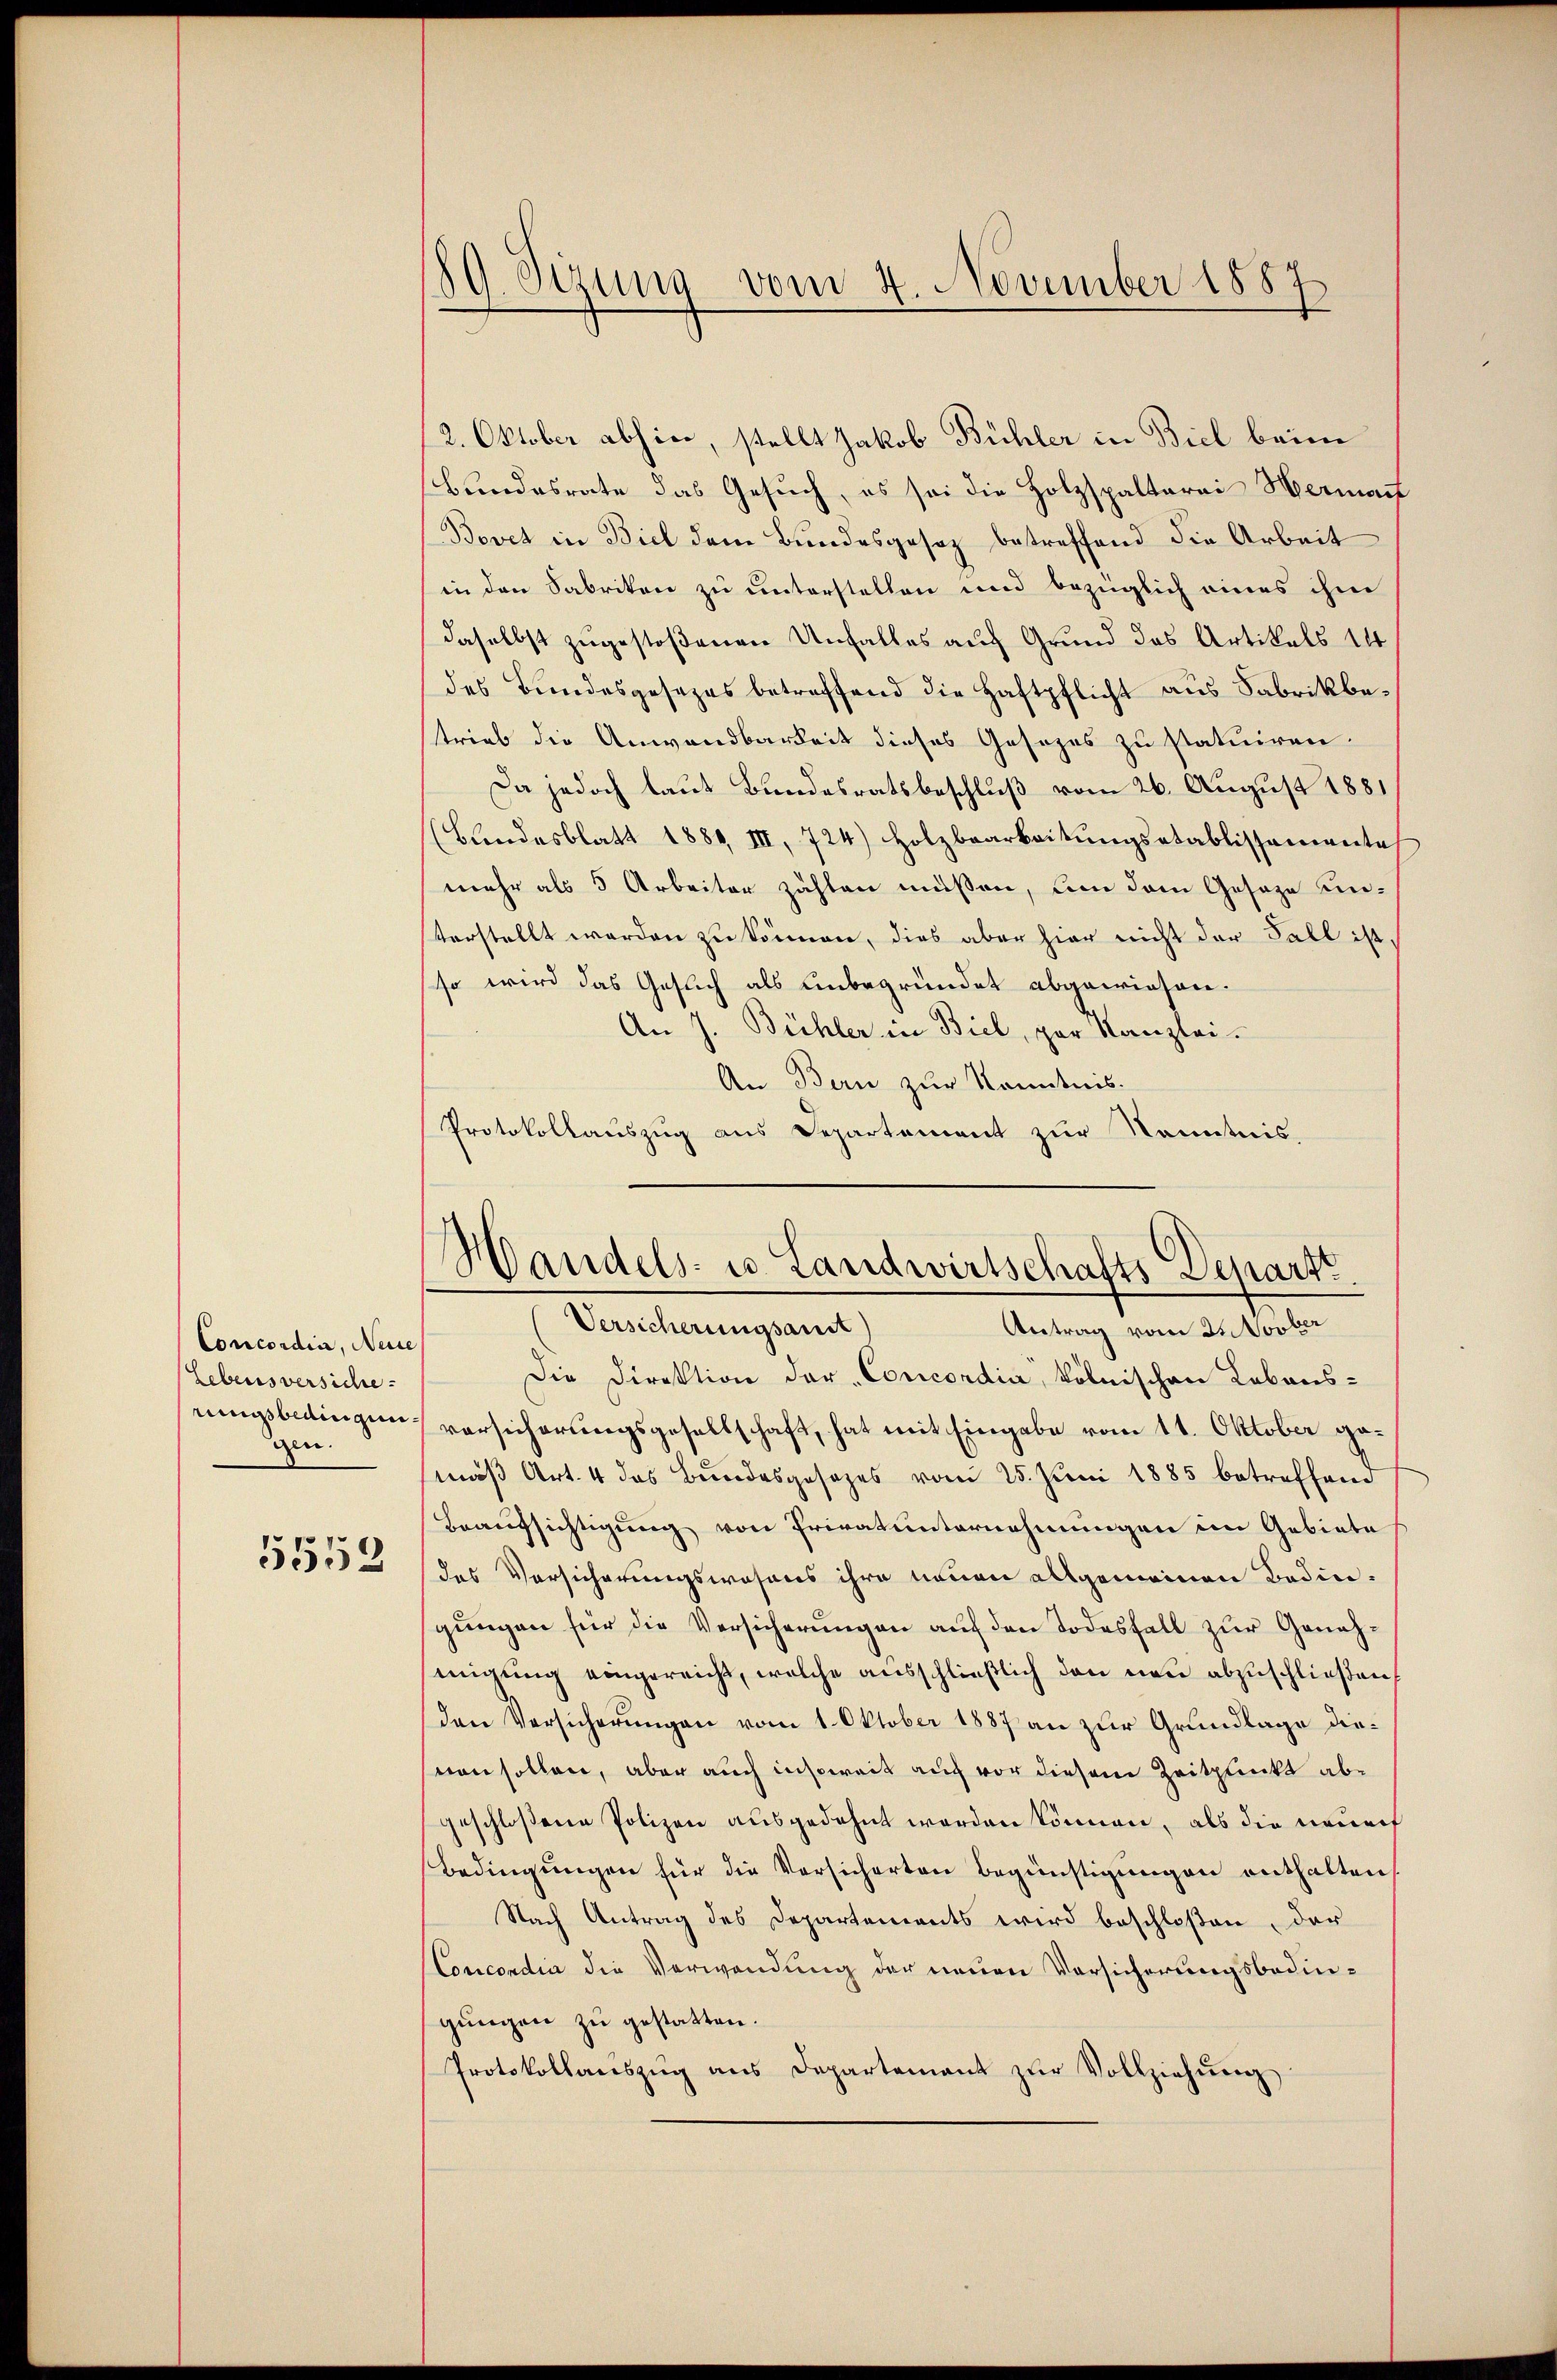
Concordia, Neue
Lebensversiche
gen.
5552

12. Oktober abhin, stellt Jakob Bühler in Biel beim
Bundesrate das Gesuch, es sei die Holzspaltarei Hermant
Bovet in Biel dem Bundesgesez betreffend die Arbeit
in den Sabriken zu unterstellen und bezüglich eines ihm
daselbst zugestoßenen Unfalles auch Grund das Artikals 14
des Bundesgesezes betreffend die Haftpflicht aus Fabrikbetrieb die Anwendbarkeit dieses Gesezes zu statuiren.
Da jedoch laut Bundesratsbeschluß vom 26. August 1881
(Blindesblatt 1884, III, 724) Holzbearbeitŭngsetablissemente
mehr als 5 Arbeiter zahlen müßen, um dem Geseze unsterstellt werden zŭ können, dies aber hier nicht der Fall ist,
so wird das Gesuch als unbegründet abgewiesen.
An J. Bühler in Biel, par Kanzlei.
An Bern zur Kenntnis.
Protokollauszug aus Departement zur Kenntnis.

19. Sizung vom 4. November 1887

Handels- u Landwirtschafts Depart.

Versicherungsanst
Antrag vom 21 Novber
Die Direktion der „Concordia, kölnischen Lebensrungsbedingen versicherungsgesellschaft, hat mit Eingabe vom 11. Oktober gemäß Art. 4 das Bundesgesezes vom 25. Juni 1885 betreffend
Beaufsichtigung von Privatunternehmungen im Gebiete
des Versicherungswesens ihre neuen allgemeinen Bedingungen für die Versicherungen auf den Todesfall zur Genehmigung eingereicht, welche ausschließlich den neu abzuschließen
den Versicherungen vom 1. Oktober 1887 an zur Grundlage diesnen sollen, aber auch insoweit auch vor diesem Zeitplückt abgeschloßene Polizei ausgedehnt worden können, als die durch
Bedingungen für die Versicherten Begünstigungen enthalten
Nach Antrag des Departements wird beschloßen, der
Concordia die Verwendung der neuen Vorsicherungsbedingungen zu gestatten.
Protokollaŭszŭg ans Departement zŭr Vollziehŭng